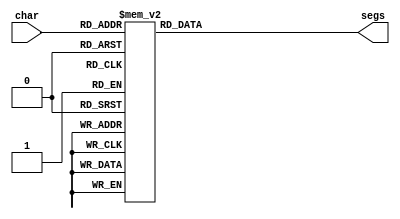
module seven_seg_22 (
    input [3:0] char,
    output reg [6:0] segs
  );
  
  
  
  always @* begin
    
    case (char)
      1'h0: begin
        segs = 7'h3f;
      end
      1'h1: begin
        segs = 7'h06;
      end
      2'h2: begin
        segs = 7'h37;
      end
      2'h3: begin
        segs = 7'h3e;
      end
      3'h4: begin
        segs = 7'h38;
      end
      3'h5: begin
        segs = 7'h6d;
      end
      3'h6: begin
        segs = 7'h7d;
      end
      3'h7: begin
        segs = 7'h07;
      end
      4'h8: begin
        segs = 7'h7f;
      end
      4'h9: begin
        segs = 7'h67;
      end
      4'ha: begin
        segs = 7'h73;
      end
      4'hb: begin
        segs = 7'h77;
      end
      4'hc: begin
        segs = 7'h76;
      end
      4'hd: begin
        segs = 7'h71;
      end
      4'he: begin
        segs = 7'h39;
      end
      default: begin
        segs = 7'h00;
      end
    endcase
  end
endmodule